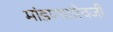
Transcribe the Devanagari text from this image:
मांडण्याऐवजी